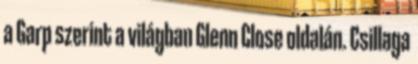
a Garp szerint a világban Glenn Close oldalán. Csillaga